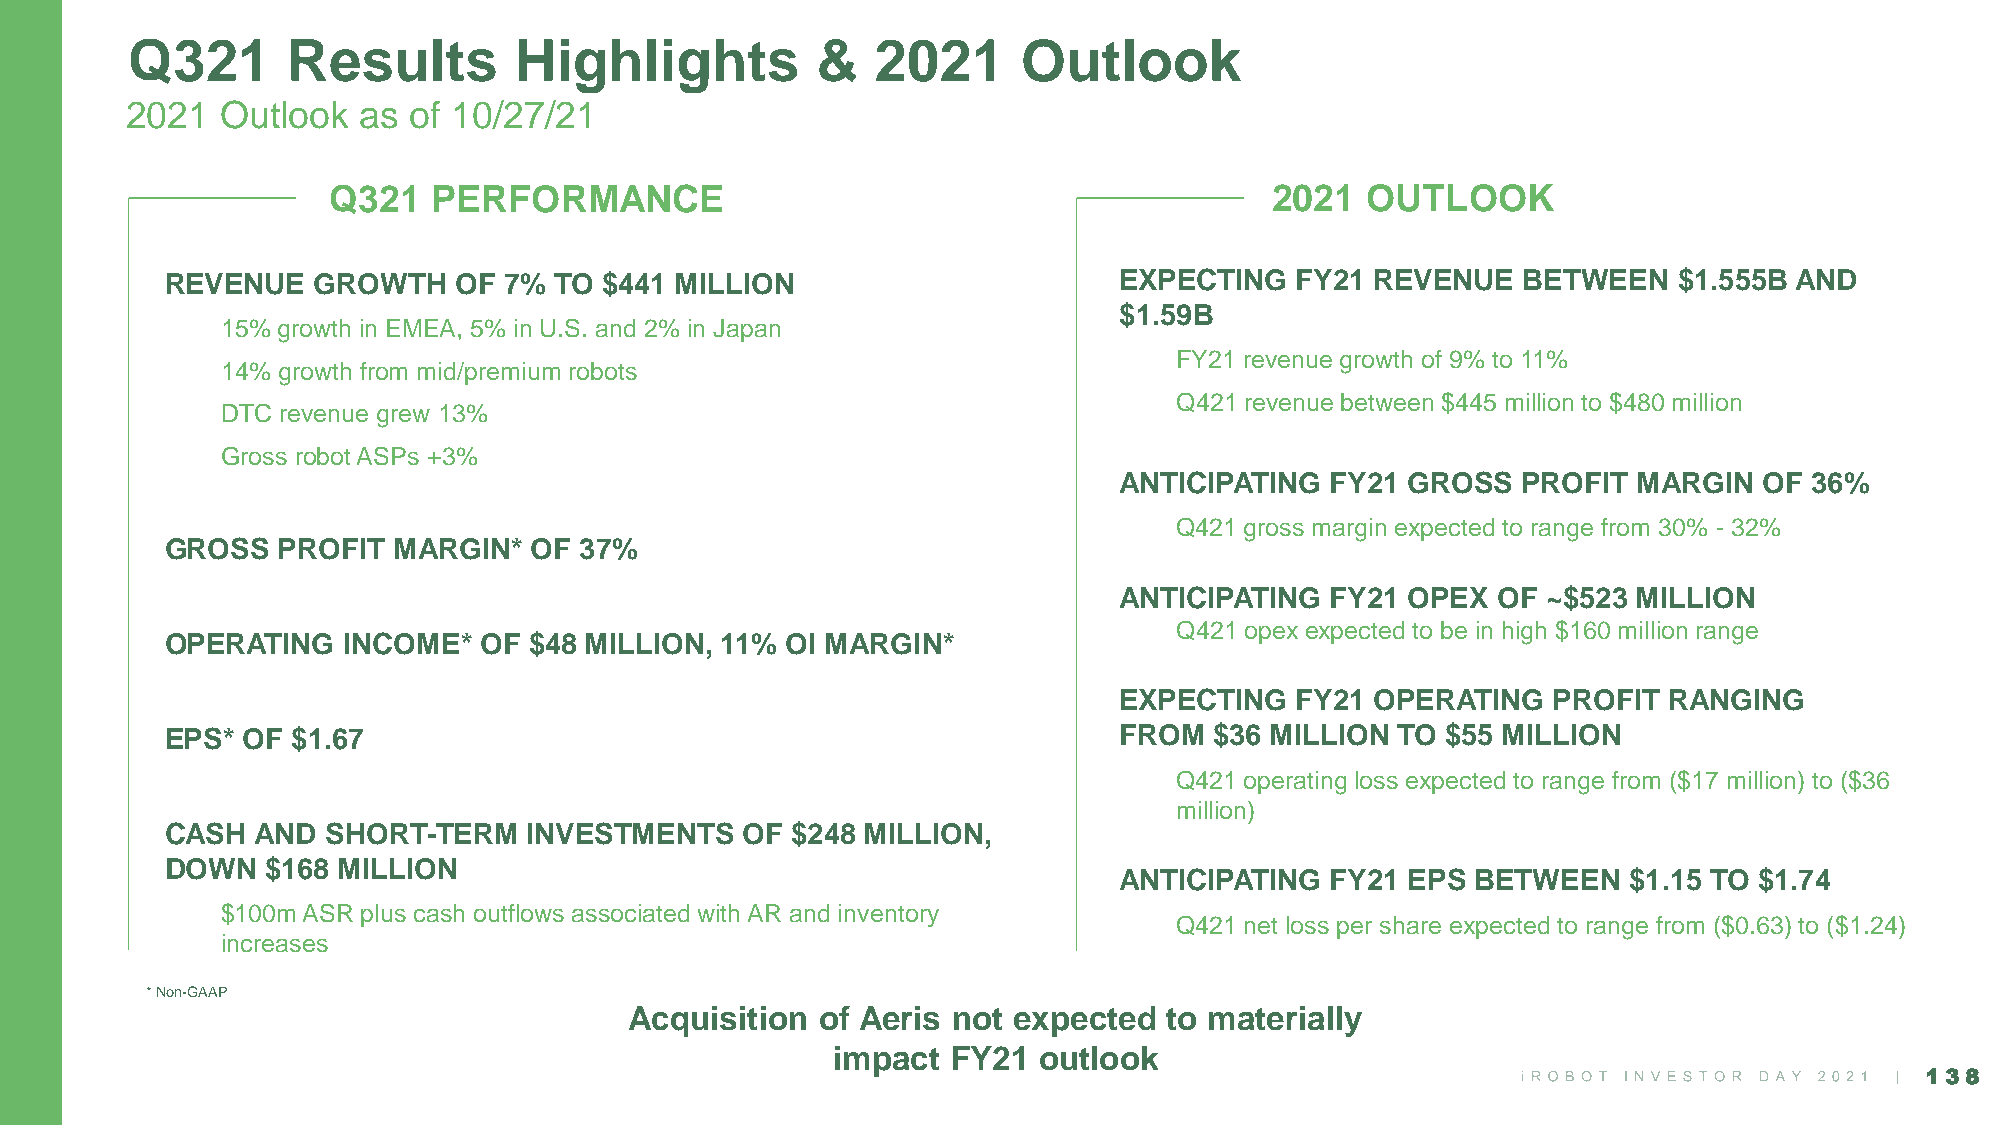
Q321       Results        Highlights          &   2021      Outlook
 2021   Outlook  as of 10/27/21
 Q321   PERFORMANCE                                            2021  OUTLOOK
 REVENUE   GROWTH   OF 7%  TO $441 MILLION                      EXPECTING   FY21 REVENUE   BETWEEN   $1.555B AND
 $1.59B
 15% growth in EMEA, 5% in U.S. and 2% in Japan
 FY21 revenue growth of 9% to 11%
 14% growth from mid/premium robots
 Q421 revenue between $445 million to $480 million
 DTC revenue grew 13%
 Gross robot ASPs +3%
 ANTICIPATING  FY21 GROSS   PROFIT MARGIN   OF 36%
 Q421 gross margin expected to range from 30% - 32%
 GROSS  PROFIT  MARGIN*  OF 37%
 ANTICIPATING  FY21 OPEX  OF ~$523 MILLION
 Q421 opex expected to be in high $160 million range
 OPERATING   INCOME*  OF $48 MILLION, 11% OI MARGIN*
 EXPECTING   FY21 OPERATING   PROFIT RANGING
 EPS* OF $1.67                                                  FROM  $36 MILLION TO  $55 MILLION
 Q421 operating loss expected to range from ($17 million) to ($36
 million)
 CASH  AND  SHORT-TERM   INVESTMENTS   OF $248 MILLION,
 DOWN   $168 MILLION
 ANTICIPATING  FY21 EPS  BETWEEN   $1.15 TO $1.74
 $100m ASR plus cash outflows associated with AR and inventory
 Q421 net loss per share expected to range from ($0.63) to ($1.24)
 increases
 * Non-GAAP
 Acquisition of Aeris not expected  to materially
 impact  FY21  outlook
 138